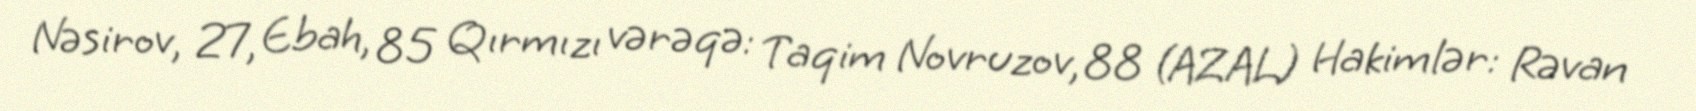
Nəsirov, 27, Ebah, 85 Qırmızı vərəqə: Taqim Novruzov, 88 (AZAL) Hakimlər: Rəvan